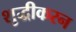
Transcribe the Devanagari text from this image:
शुद्धीकरन